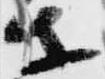
等